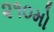
૨૧૦મો